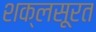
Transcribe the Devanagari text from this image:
शक्लसूरत